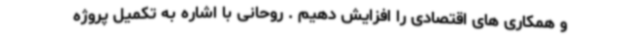
و همکاری های اقتصادی را افزایش دهیم . روحانی با اشاره به تکمیل پروژه